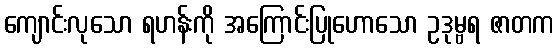
ကျောင်းလုသော ရဟန်းကို အကြောင်းပြုဟောသော ဥဒုမ္ဗရ ဇာတက